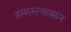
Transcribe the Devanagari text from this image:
हमरस्त्यावरुन